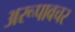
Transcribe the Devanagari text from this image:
अरूपावचर